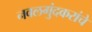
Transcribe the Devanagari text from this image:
नवलगुंदकरांचे